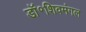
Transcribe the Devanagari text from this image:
डॉ॰शिवमंगल